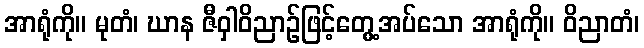
အာရုံကို။ မုတံ၊ ဃာန ဇီဝှါဝိညာဉ်ဖြင့်တွေ့အပ်သော အာရုံကို။ ဝိညာတံ၊